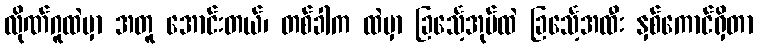
လိုဏ်ဂူထဲမှာ အတူ အောင်းတယ်၊ တစ်ခါက ထဲမှာ ခြင်္သေ့အုပ်ထဲ ခြင်္သေ့အထီး နှစ်ကောင်ရှိတာ